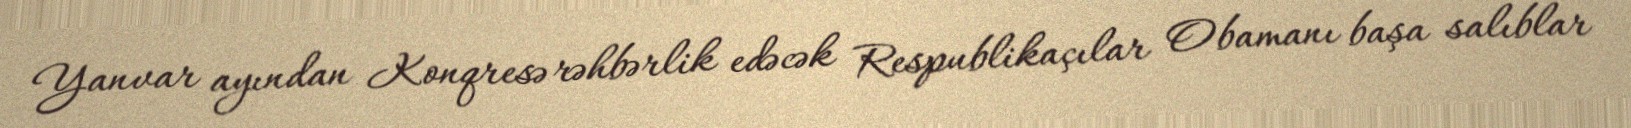
Yanvar ayından Konqresə rəhbərlik edəcək Respublikaçılar Obamanı başa salıblar